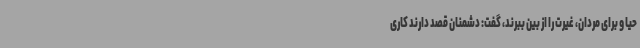
حیا و برای مردان، غیرت را از بین ببرند، گفت: دشمنان قصد دارند کاری